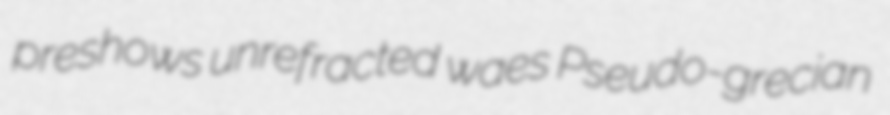
preshows unrefracted waes Pseudo-grecian